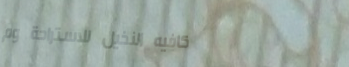
كافيه النخيل للاستراحة وم